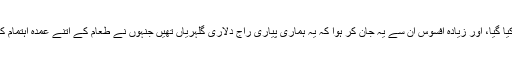
بہرحال چھت سے جانوروں کو پکڑنے والوں سے رابطہ کیا گیا، اور زیادہ افسوس ان سے یہ جان کر ہوا کہ یہ ہماری پیاری راج دلاری گلہریاں تھیں جنہوں نے طعام کے اتنے عمدہ اہتمام کے بعد ہمارے ہی سر پر قیام کا خود ہی انتظام فرما لیا تھا۔